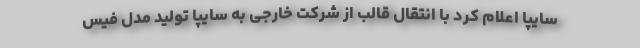
سایپا اعلام کرد با انتقال قالب از شرکت خارجی به سایپا تولید مدل فیس